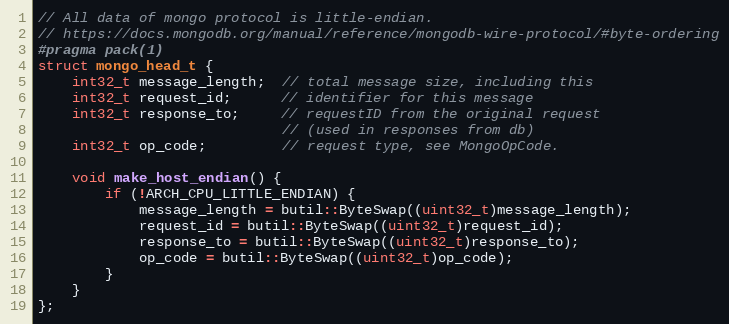
Language: C
// All data of mongo protocol is little-endian.
// https://docs.mongodb.org/manual/reference/mongodb-wire-protocol/#byte-ordering
#pragma pack(1)
struct mongo_head_t {
    int32_t message_length;  // total message size, including this
    int32_t request_id;      // identifier for this message
    int32_t response_to;     // requestID from the original request
                             // (used in responses from db)
    int32_t op_code;         // request type, see MongoOpCode.

    void make_host_endian() {
        if (!ARCH_CPU_LITTLE_ENDIAN) {
            message_length = butil::ByteSwap((uint32_t)message_length);
            request_id = butil::ByteSwap((uint32_t)request_id);
            response_to = butil::ByteSwap((uint32_t)response_to);
            op_code = butil::ByteSwap((uint32_t)op_code);
        }
    }
};